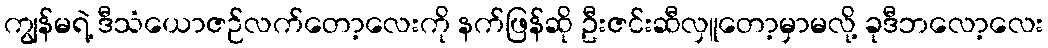
ကျွန်မရဲ့ ဒီသံယောဇဉ်လက်တော့လေးကို နက်ဖြန်ဆို ဦးဇင်းဆီလှူတော့မှာမလို့ ခုဒီဘလော့လေး